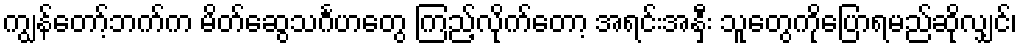
ကျွန်တော့်ဘက်က မိတ်ဆွေသင်္ဂဟတွေ ကြည့်လိုက်တော့ အရင်းအနှီး သူတွေကိုပြောရမည်ဆိုလျှင်၊